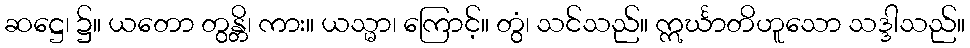
ဆဋ္ဌေ၊ ၌။ ယတော တွန္တိ၊ ကား။ ယသ္မာ၊ ကြောင့်။ တွံ၊ သင်သည်။ ဣင်္ဃာတိဟူသော သဒ္ဒါသည်။